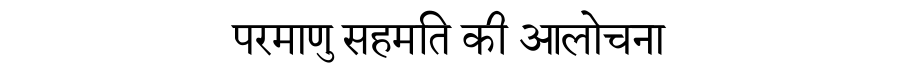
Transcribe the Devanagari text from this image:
परमाणु सहमति की आलोचना